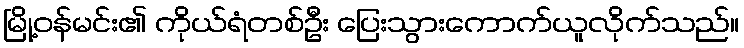
မြို့ဝန်မင်း၏ ကိုယ်ရံတစ်ဦး ပြေးသွားကောက်ယူလိုက်သည်။